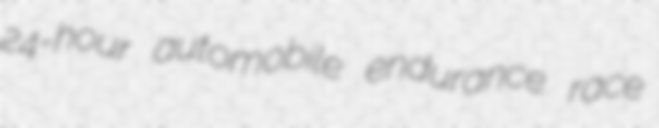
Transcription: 24-hour automobile endurance race